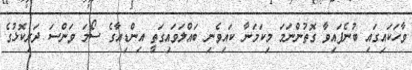
ވާހަކައިގައި ބުނެފައިވާ ގޮތުންނަމަ މިކަމަނާ ކައިވެނި ބައްލަވައިގަތީ އިންޑިއާގެ ސޯމަ ވަންސަ ދަރިކޮޅުގެ